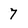
Character: 7